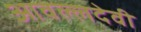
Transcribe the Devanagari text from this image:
आवल्लदेवी